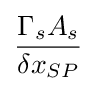
{\frac {{\Gamma {}}_{s}A_{s}}{{\delta {}x}_{SP}}}